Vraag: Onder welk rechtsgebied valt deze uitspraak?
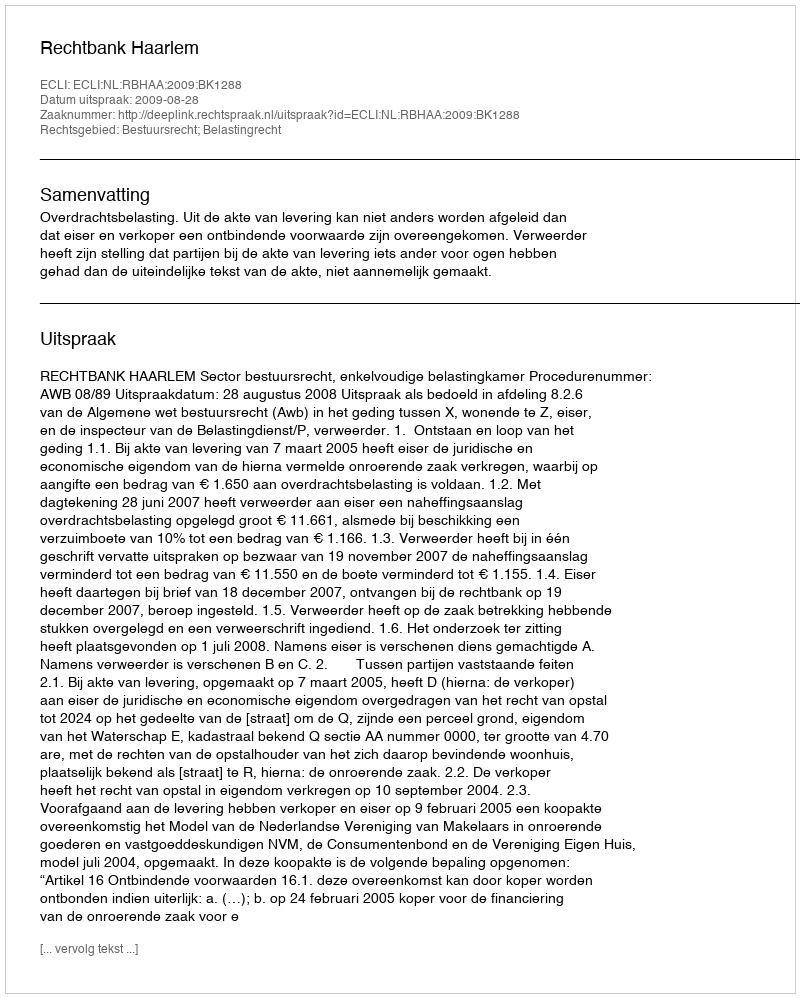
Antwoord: Bestuursrecht; Belastingrecht